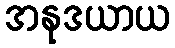
အနုဒယာယ